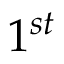
1 ^ { s t }